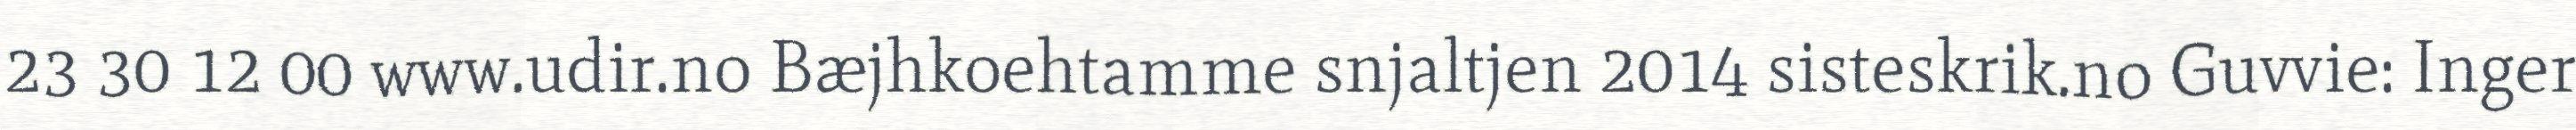
23 30 12 00 www.udir.no Bæjhkoehtamme snjaltjen 2014 sisteskrik.no Guvvie: Inger